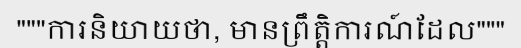
"""ការនិយាយថា, មានព្រឹត្តិការណ៍ដែល"""